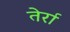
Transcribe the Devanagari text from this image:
तेर्रा